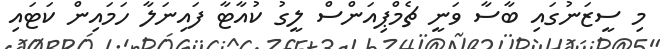
މި ސީޒަނުގައި ބާސާ ވަނީ ޗެމްޕިއަންސް ލީގު ކުއާޓާ ފައިނަލާ ހަމައިން ކަޓައި